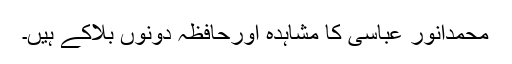
محمدانور عباسی کا مشاہدہ اورحافظہ دونوں بلاکے ہیں۔